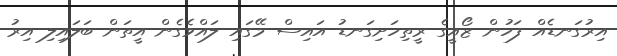
އިރުގަނޑެއް ފަހުން ޒޯއީގެ ރީތިހަށިގަނޑު އައިސް މޭގައި ލައްވެގެން އީތަން ބަލައިލި އިރު